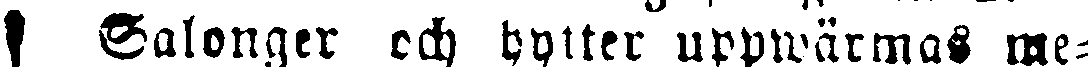
Salonger och hytter uppwärmas me-